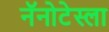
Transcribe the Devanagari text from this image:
नॅनोटेस्ला